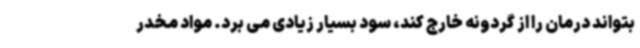
بتواند درمان را از گردونه خارج کند، سود بسیار زیادی می برد. مواد مخدر